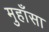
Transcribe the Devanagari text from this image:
मुहाँसा